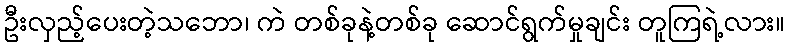
ဦးလှည့်ပေးတဲ့သဘော၊ ကဲ တစ်ခုနဲ့တစ်ခု ဆောင်ရွက်မှုချင်း တူကြရဲ့လား။